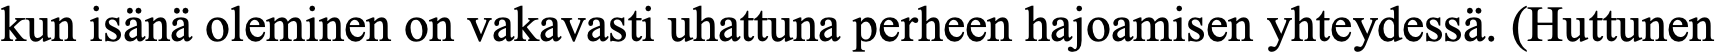
kun isänä oleminen on vakavasti uhattuna perheen hajoamisen yhteydessä. (Huttunen